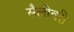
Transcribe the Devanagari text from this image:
सैलीवरी